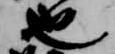
也